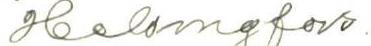
Helsingfors.